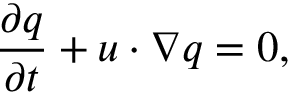
\frac { \partial q } { \partial t } + u \cdot \nabla q = 0 ,